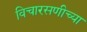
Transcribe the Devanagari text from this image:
विचारसणीच्या